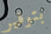
بتوفير